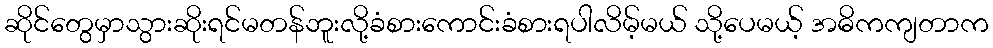
ဆိုင်တွေမှာသွားဆိုးရင်မတန်ဘူးလို့ခံစားကောင်းခံစားရပါလိမ့်မယ် သို့ပေမယ့် အဓိကကျတာက